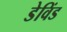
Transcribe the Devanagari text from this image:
डेविंड